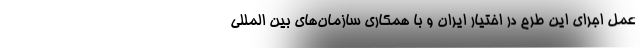
عمل اجرای این طرح در اختیار ایران و با همکاری سازمان‌های بین المللی